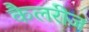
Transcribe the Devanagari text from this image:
कैलरीज